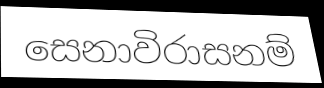
සෙනාවිරාසනම්